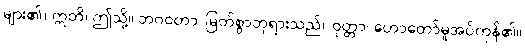
များ၏။ ဣတိ၊ ဤသို့။ ဘဂဝတာ၊ မြတ်စွာဘုရားသည်။ ဝုတ္တာ၊ ဟောတော်မူအပ်ကုန်၏။